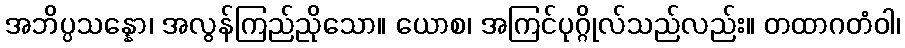
အဘိပ္ပသန္နော၊ အလွန်ကြည်ညိုသော။ ယောစ၊ အကြင်ပုဂ္ဂိုလ်သည်လည်း။ တထာဂတံဝါ၊